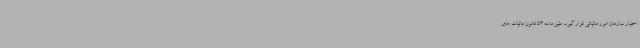
اختیار سازمان امور مالیاتی قرار گیرد. طبق ماده 54 قانون مالیات های